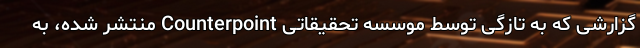
گزارشی که به تازگی توسط موسسه تحقیقاتی Counterpoint منتشر شده، به